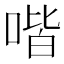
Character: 喈